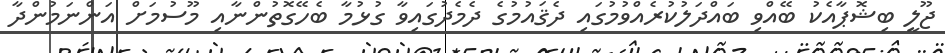
ޖޫލީ ބިޝޮޕާއެކު ބޭއްވި ބައްދަލުކުރެއްވުމުގައި ދެޤައުމުގެ ދެމެދުގައިވާ ގުޅުމާ ބެހޭގޮތުންނާއި މޫސުމަށް އަންނަމުންދާ